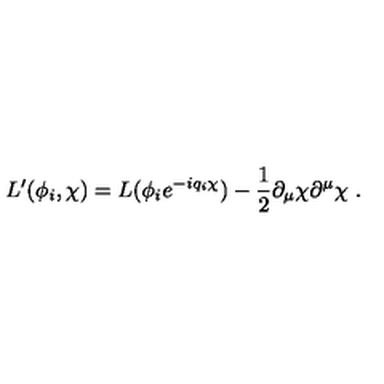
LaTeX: L ^ { \prime } ( \phi _ { i } , \chi ) = L ( \phi _ { i } e ^ { - i q _ { i } \chi } ) - \frac { 1 } { 2 } \partial _ { \mu } \chi \partial ^ { \mu } \chi \ .